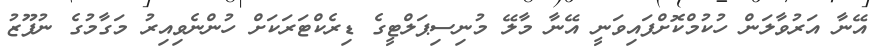
އޭނާ އަރުވާލަން ހުކުމްކޮށްފައިވަނީ އޭނާ މާލޭ މުނިސިޕަލްޓީގެ ޑިރެކްޓަރަކަށް ހުންނެވިއިރު މަގާމުގެ ނުފޫޒު